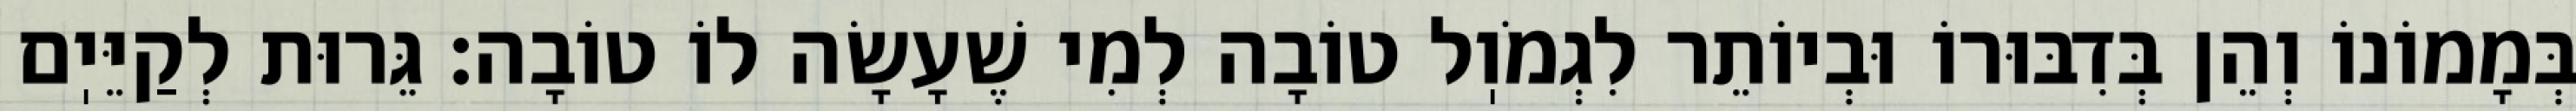
בְּמָמוֹנוֹ וְהֵן בְּדִבּוּרוֹ וּבְיוֹתֵר לִגְמֹוֽל טוֹבָה לְמִי שֶׁעָשָׂה לוֹ טוֹבָה: גֵּרוּת לְקַיֵּיֽם